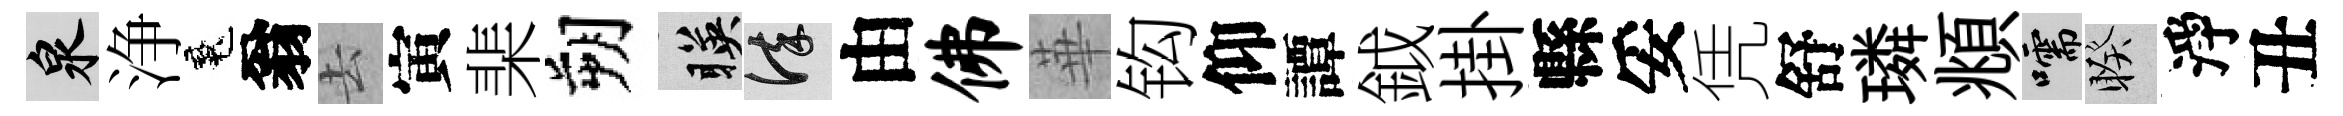
泉浄魂翁去寅棐朔暎謹由佛華钩仰譚鉞掛縣妥凭舒璘頫嚅睽淨丑